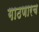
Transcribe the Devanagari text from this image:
गाठणारच